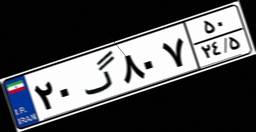
۸۲گ۳۹۲۸۱